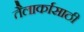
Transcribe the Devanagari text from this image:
तैलार्कासाठी